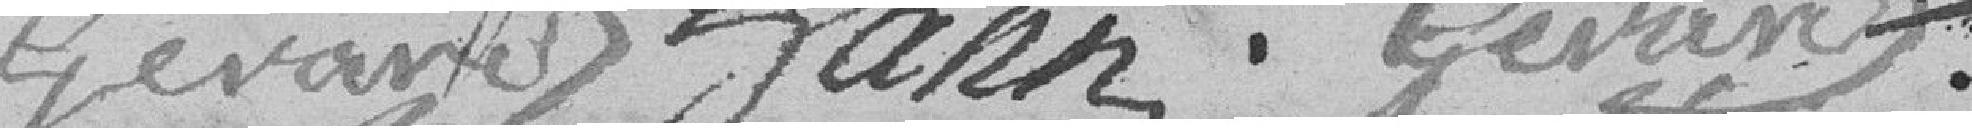
Gérard Hann . Gérard